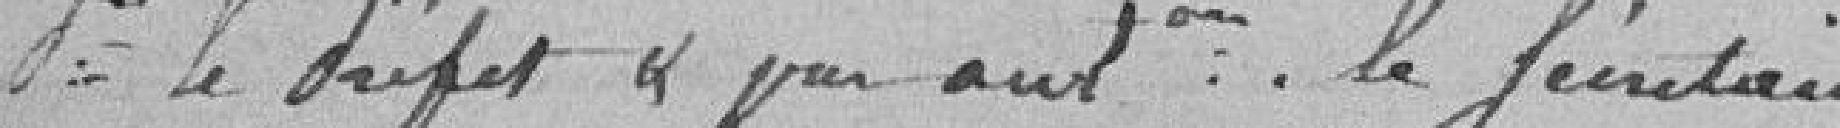
Pour le Préfet et par ... le secrétaire